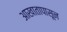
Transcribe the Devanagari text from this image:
आखातापासून